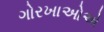
ગોરખાઓએ